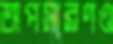
অপসারণও